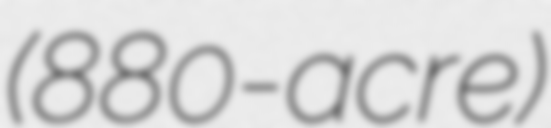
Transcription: (880-acre)